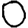
Digit: 0